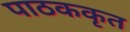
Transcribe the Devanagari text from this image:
पाठककृत